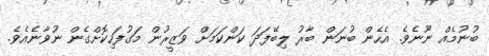
ބުނުމެއް ނޫނެވެ. އެހެން ބުނަން ބާރު ލިބޭފަދަ ކަންކަމަށް ވަޒީރުން މަގުފަހިކޮށްގެން ނުވާނެއެވެ.